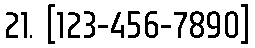
21. [123-456-7890]